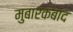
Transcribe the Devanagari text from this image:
मुबारकबाद